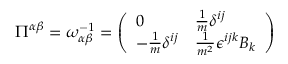
\begin{array} { r } { \Pi ^ { \alpha \beta } = \omega _ { \alpha \beta } ^ { - 1 } = \left( \begin{array} { l l } { 0 } & { \frac { 1 } { m } \delta ^ { i j } } \\ { - \frac { 1 } { m } \delta ^ { i j } } & { \frac { 1 } { m ^ { 2 } } \epsilon ^ { i j k } B _ { k } } \end{array} \right) } \end{array}